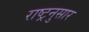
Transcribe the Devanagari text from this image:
राष्ट्रनुसार